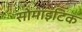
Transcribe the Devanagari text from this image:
सोमाइटिक